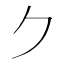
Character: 𠂊